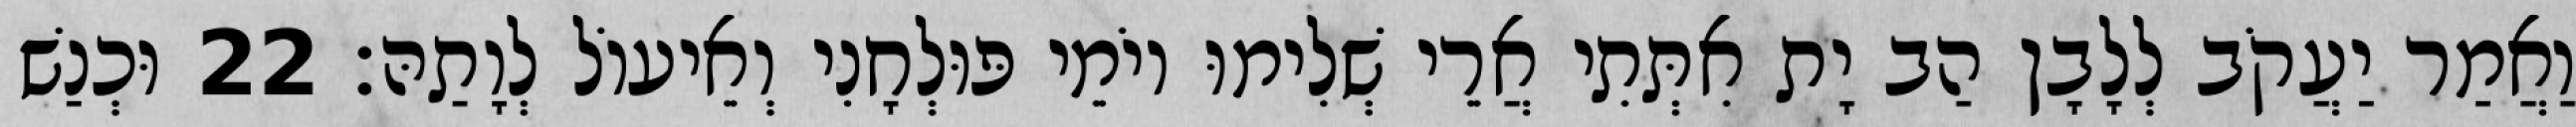
וַאֲמַר יַעֲקֹב לְלָבָן הַב יָת אִתְּתִי אֲרֵי שְׁלִימוּ יוֹמֵי פּוּלְחָנִי וְאֵיעוֹל לְוָתַהּ׃ 22 וּכְנַשׁ